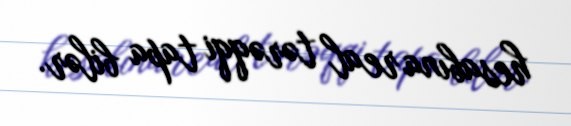
hesabına real tərəqqi tapa bilər.